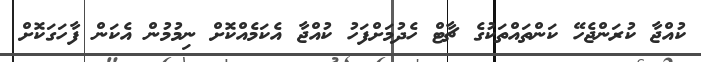
ކުއްޖާ ކުރަންޖެހޭ ކަންތައްތަކުގެ ޗާޓް ހެދުމަށްފަހު ކުއްޖާ އެކަމެއްކޮށް ނިމުމުން އެކަން ފާހަގަކޮށް